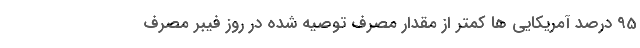
95 درصد آمریکایی ها کمتر از مقدار مصرف توصیه شده در روز فیبر مصرف